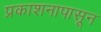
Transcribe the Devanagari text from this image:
प्रकाशनापासून